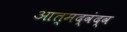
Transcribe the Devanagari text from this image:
आत्मद्वंद्व